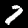
Digit: 7